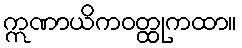
ဣဏာယိကဝတ္ထုကထာ။